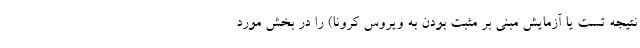
نتیجه تست یا آزمایش مبنی بر مثبت بودن به ویروس کرونا) را در بخش مورد